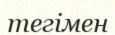
тегімен